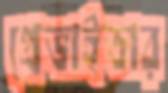
প্রেভাইডার